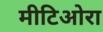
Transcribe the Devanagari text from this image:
मीटिओरा